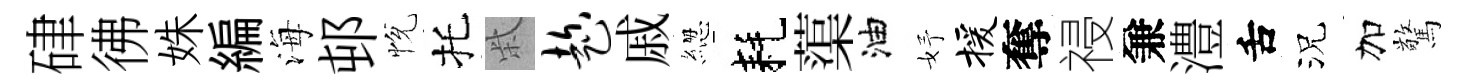
硉彿姝編海邨恱托柴趁戚緫耗蕖油妤援奪祲兼澧舌況加驚